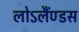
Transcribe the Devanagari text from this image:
लोऽलैंण्डस